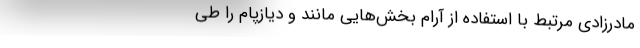
مادرزادی مرتبط با استفاده از آرام‌ بخش‌هایی مانند و دیازپام را طی